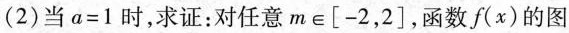
(2)当a=1时，求证：对任意m∈\left[-2，2\right]，函数f(x)的图